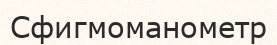
Сфигмоманометр